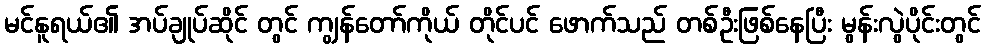
မင်နူရယ်၏ အပ်ချုပ်ဆိုင် တွင် ကျွန်တော်ကိုယ် တိုင်ပင် ဖောက်သည် တစ်ဦးဖြစ်နေပြီး မွန်းလွဲပိုင်းတွင်